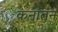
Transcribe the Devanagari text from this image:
कनातन